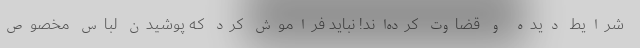
شرایط دیده و قضاوت کرده‌اند! نباید فراموش کرد که پوشیدن لباس مخصوص